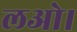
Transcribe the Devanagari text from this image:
लओ।